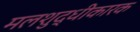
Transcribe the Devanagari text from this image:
मलशुद्धीकारक